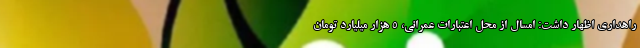
راهداری اظهار داشت: امسال از محل اعتبارات عمرانی، ۵ هزار میلیارد تومان